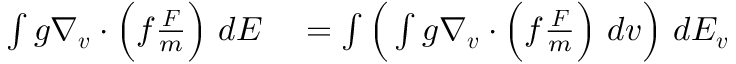
\begin{array} { r l } { \int g \nabla _ { \boldsymbol { v } } \cdot \Big ( f \frac { \boldsymbol { F } } { m } \Big ) \ d E } & { { } = \int \Big ( \int g \nabla _ { \boldsymbol { v } } \cdot \Big ( f \frac { \boldsymbol { F } } { m } \Big ) \ d \boldsymbol { v } \Big ) \ d E _ { \boldsymbol { v } } } \end{array}